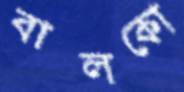
বালকো